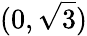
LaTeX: (0,{\sqrt{3}})